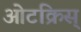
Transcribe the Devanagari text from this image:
ओटक्रिस्